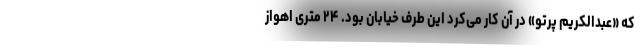
که «عبدالکریم پرتو» در آن کار می‌کرد این طرف خیابان بود. ۲۴ متری اهواز